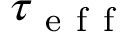
\tau _ { \mathrm { ~ e ~ f ~ f ~ } }